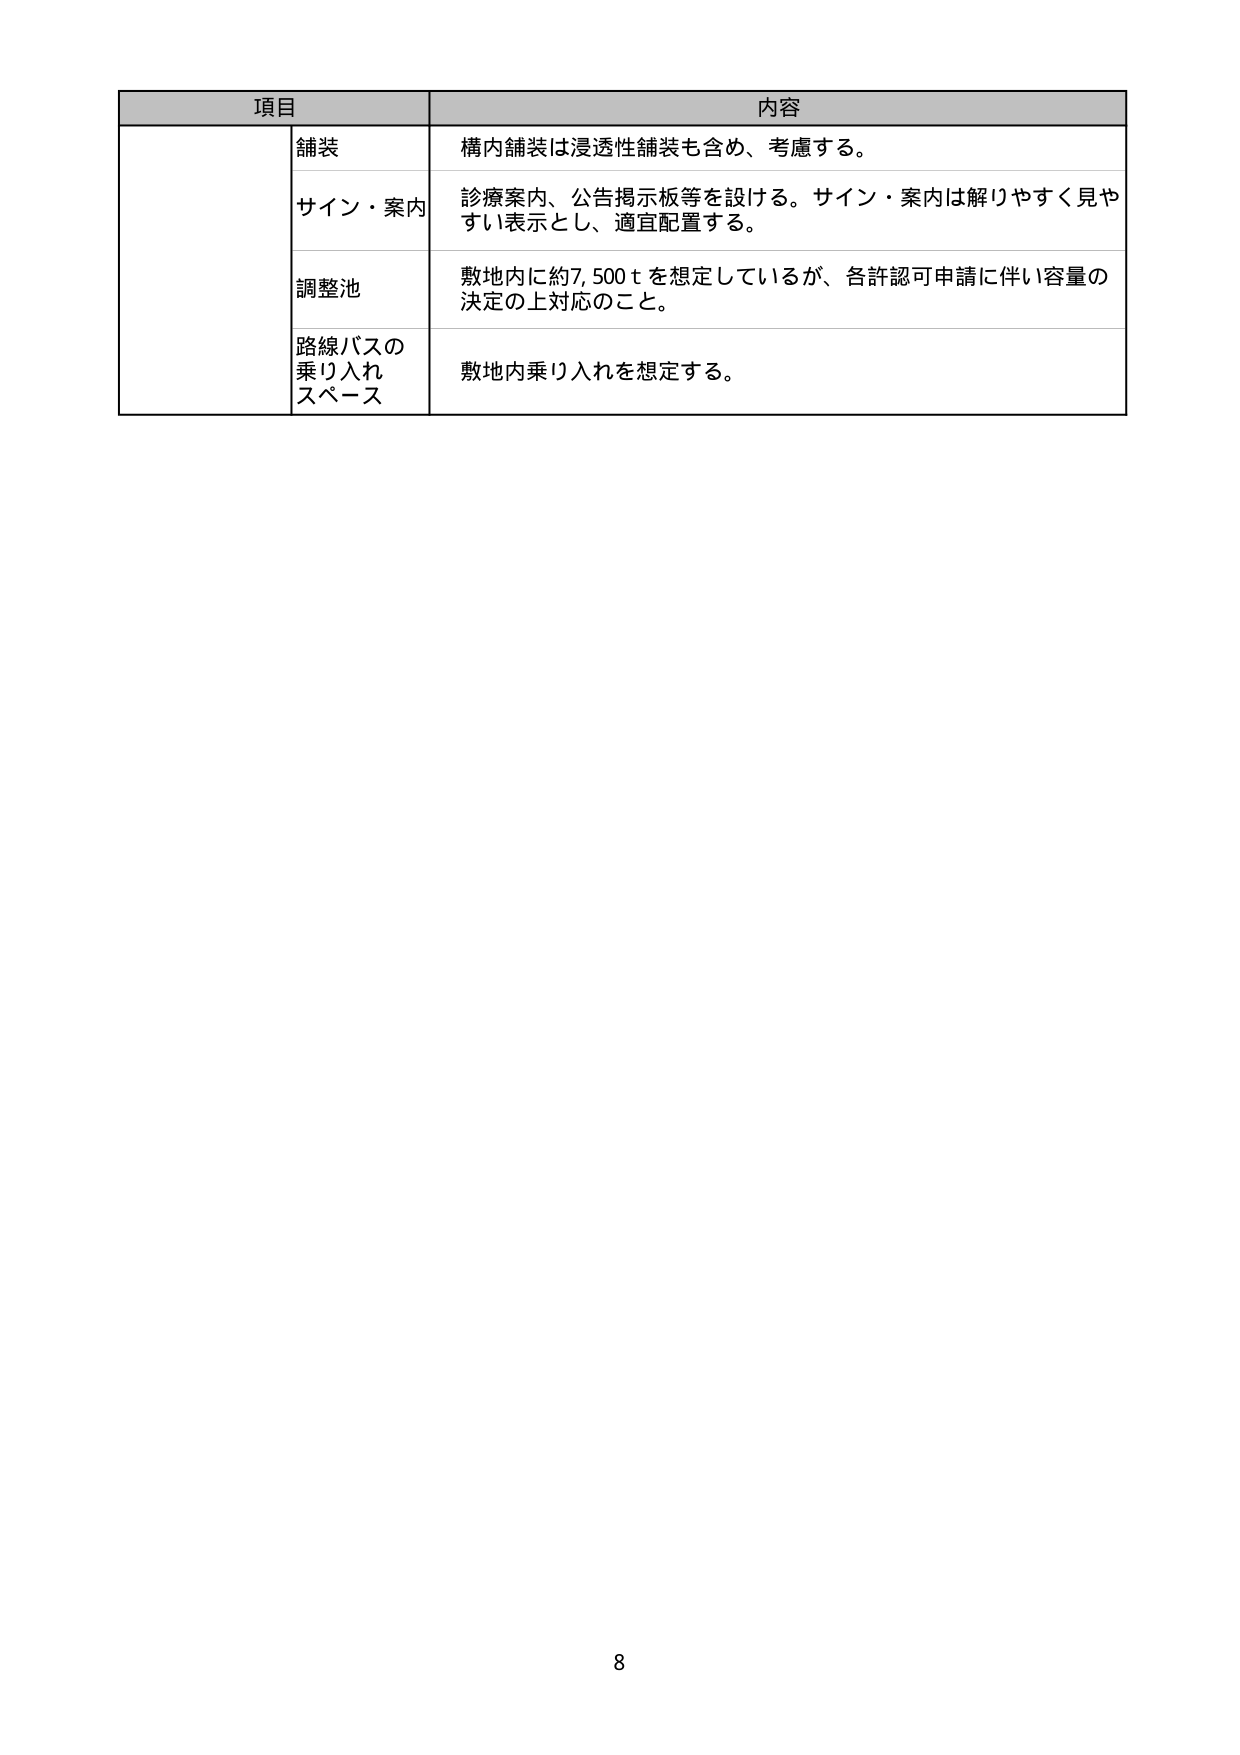
項目 内容
舗装 構内舗装は浸透性舗装も含め、考慮する。
サイン・案内 診療案内、公告掲示板等を設ける。サイン・案内は解りやすく見やすい表示とし、適宜配置する。
調整池 敷地内に約7,500ｔを想定しているが、各許認可申請に伴い容量の決定の上対応のこと。
路線バスの 乗り入れ スペース 敷地内乗り入れを想定する。
8